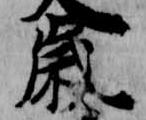
歳